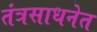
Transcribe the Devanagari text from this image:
तंत्रसाधनेत